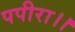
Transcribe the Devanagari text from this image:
पपीरा।।